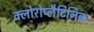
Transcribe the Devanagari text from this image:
क्लोरोप्लैटिनिक